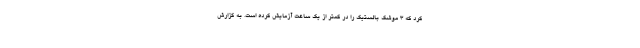
کرد که ۳ موشک بالستیک را در کمتر از یک ساعت آزمایش کرده است. به گزارش